Eesti_Ajutine_Maanoukogu, lk 2
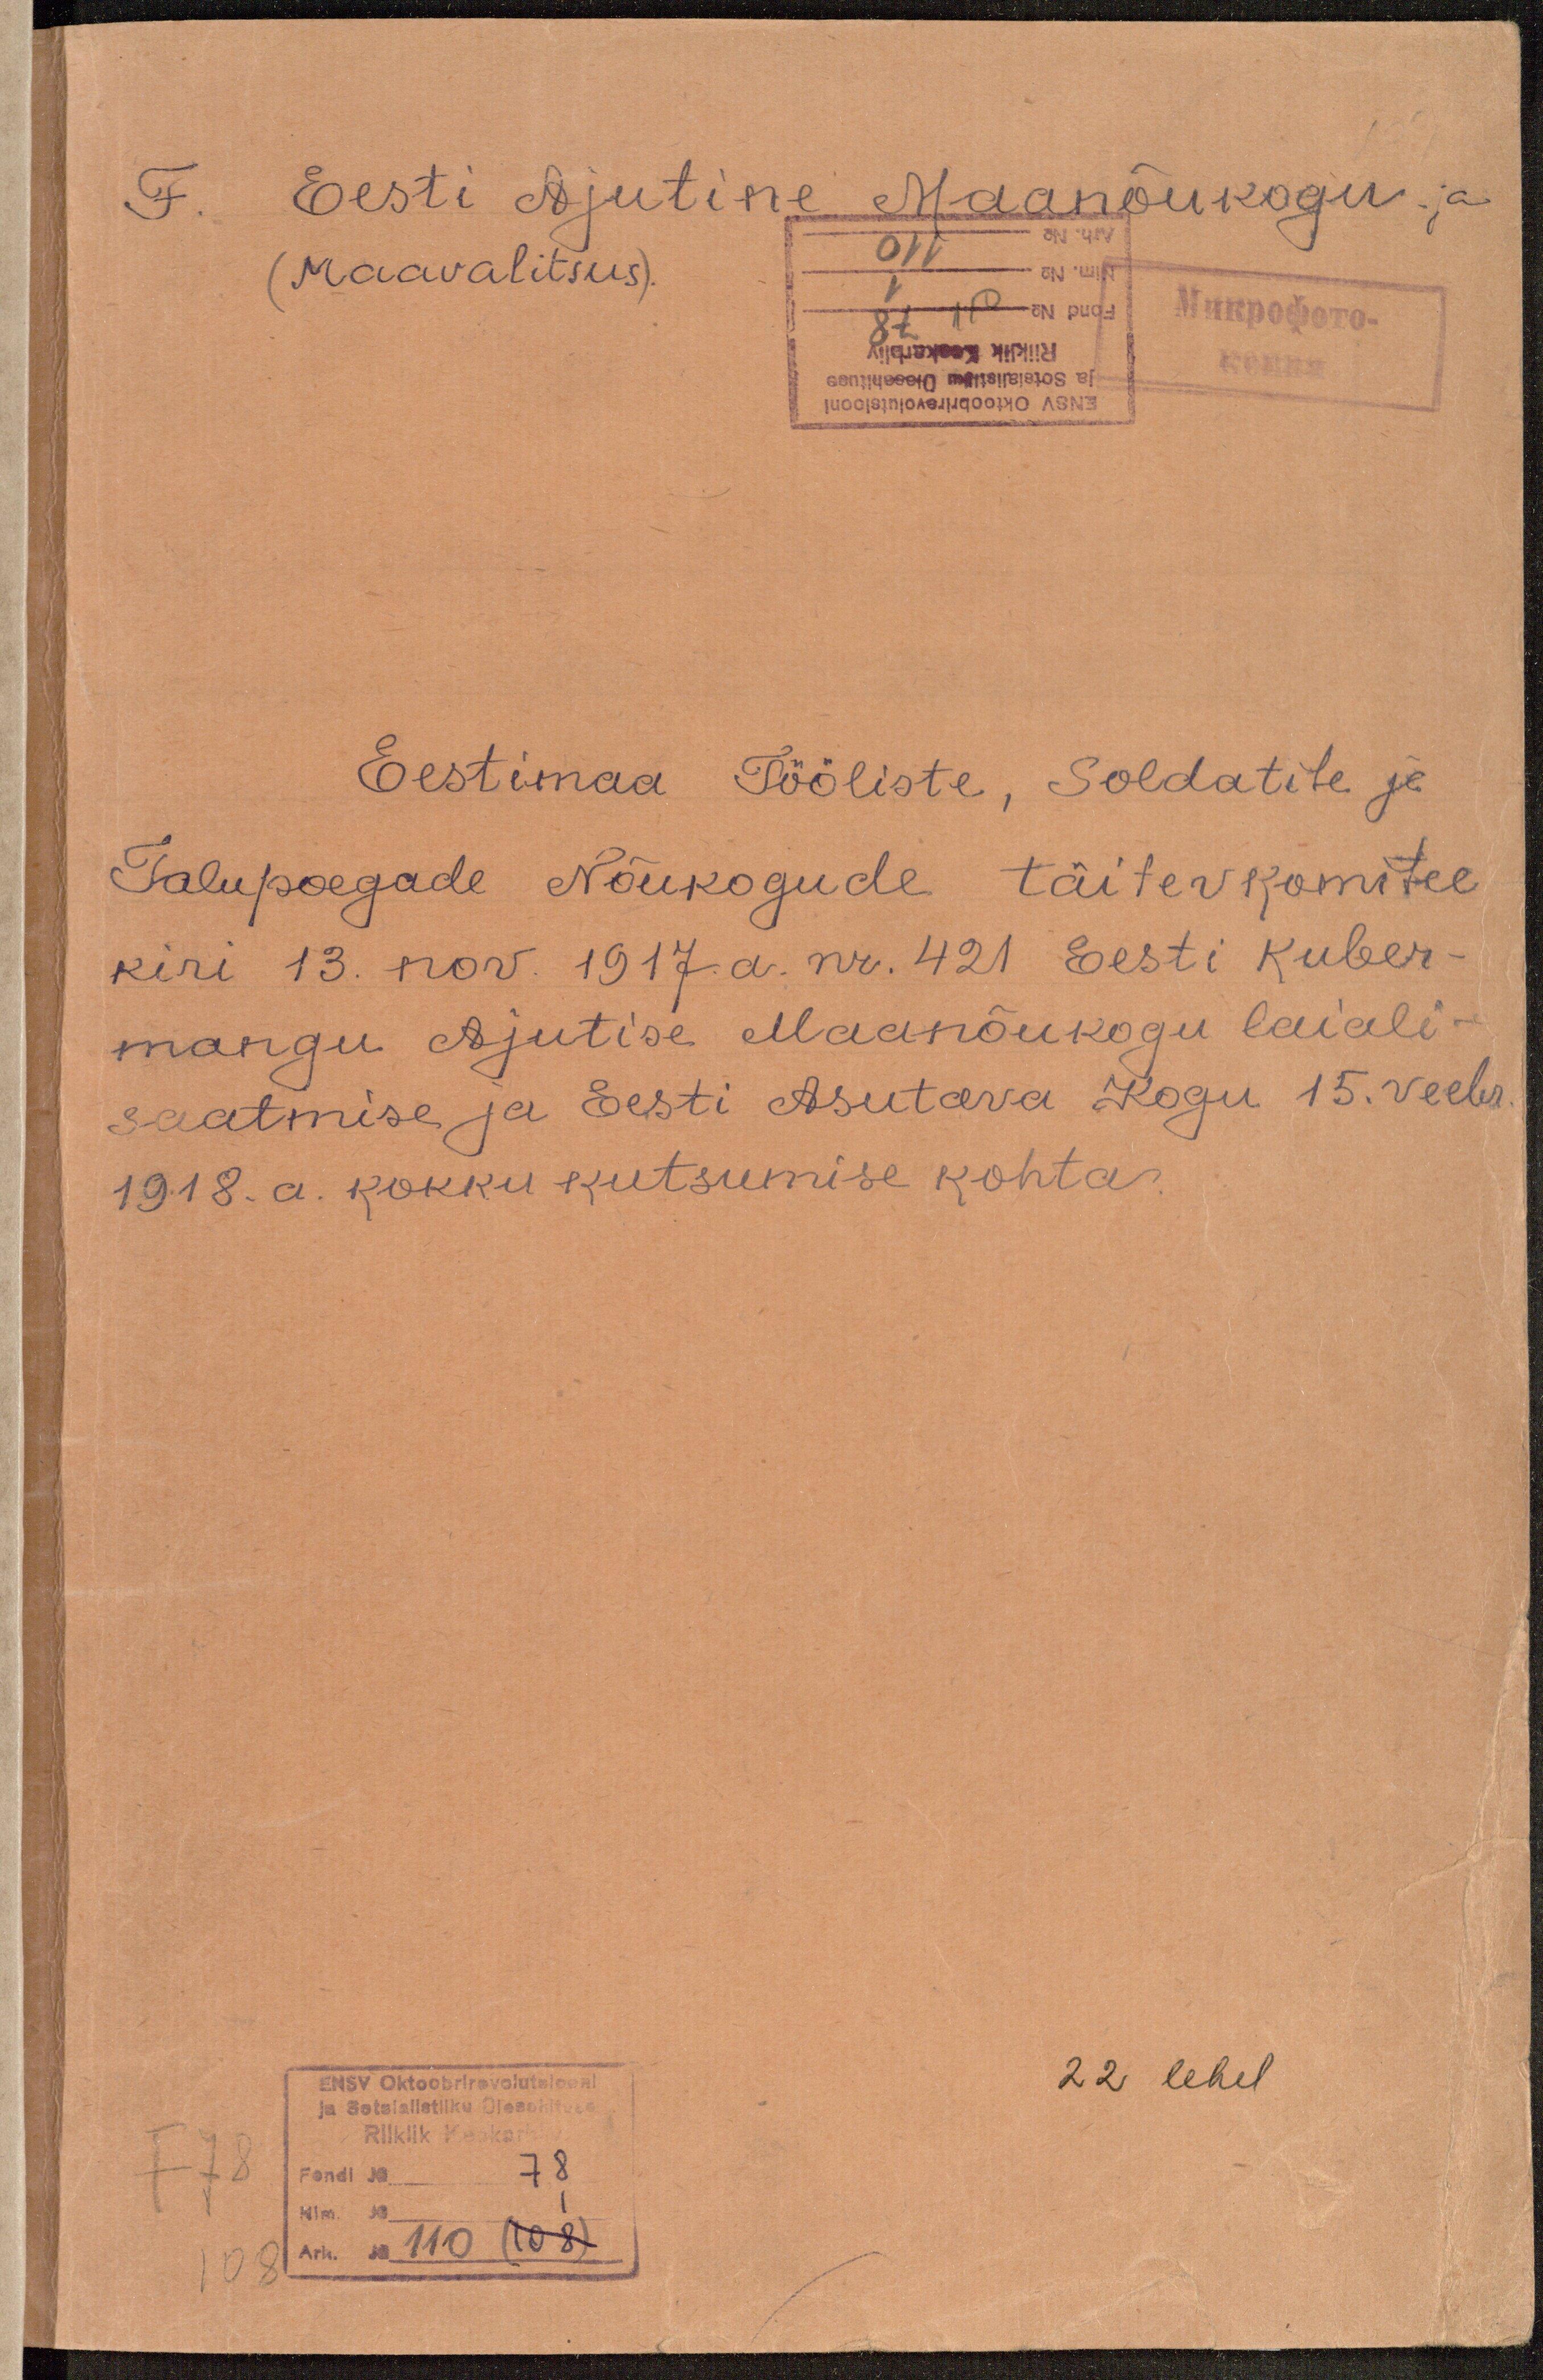
F. Eesti Ajutine Maanõukogu ja
(Maavalitsus).
Eestimaa Tööliste, Soldatite ja
Talupoegade Nõukogude täitevkomitee
kiri 13. nov. 1917 a. nr. 421 Eesti Kuber-
mangu Ajutise Maanõukogu laiali-
saatmise ja Eesti Asutava Kogu 15. veebr.
1918. a. kokku kutsumise kohta.
22 lehel
ENSV Oktoobrirevolutsiooni
ja Sotsialistliku Ülesehituse
Riiklik Keskarhiiv
Fondi No 78
Nim. No 1
Arh. No 110 (108)